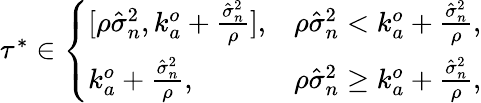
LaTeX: \begin{array}{r}{\tau^{*}\in\left\{ \begin{array}{ll}{[\rho\hat{\sigma}_{n}^{2},k_{a}^{o}+\frac{\hat{\sigma}_{n}^{2}}{\rho}],}&{\rho\hat{\sigma}_{n}^{2}<k_{a}^{o}+\frac{\hat{\sigma}_{n}^{2}}{\rho},}\\ {k_{a}^{o}+\frac{\hat{\sigma}_{n}^{2}}{\rho},}&{\rho\hat{\sigma}_{n}^{2}\geq k_{a}^{o}+\frac{\hat{\sigma}_{n}^{2}}{\rho},}\end{array}\right.}\end{array}